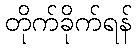
တိုက်ခိုက်ရန်